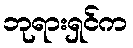
ဘုရားရှင်က